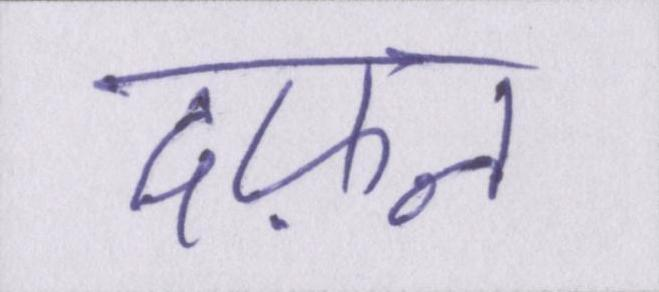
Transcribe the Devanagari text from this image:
दफ़न